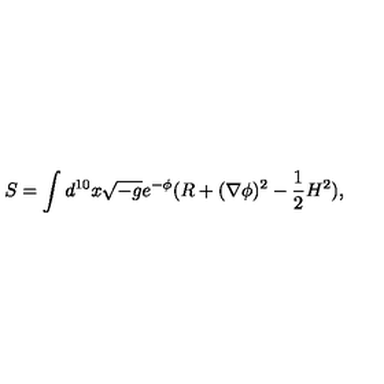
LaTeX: S = \int d ^ { 1 0 } x \sqrt { - g } e ^ { - \phi } ( R + ( \nabla \phi ) ^ { 2 } - \frac { 1 } { 2 } H ^ { 2 } ) ,